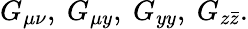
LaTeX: G_{\mu\nu},\ G_{\mu y},\ G_{yy},\ G_{z\bar{z}}.